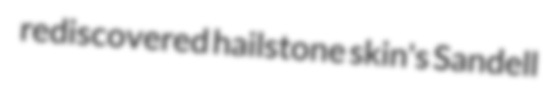
rediscovered hailstone skin's Sandell